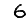
Digit: 6